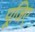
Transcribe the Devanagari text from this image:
पूजिए